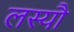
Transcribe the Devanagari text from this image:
लस्यौ